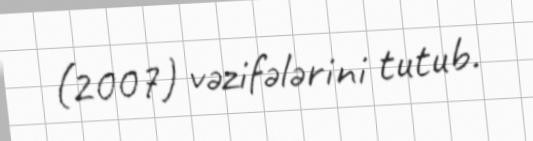
(2007) vəzifələrini tutub.